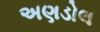
અણડોલ